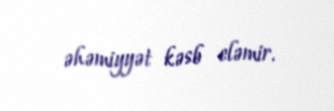
əhəmiyyət kəsb eləmir.